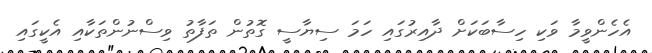
އެހެންވީމާ ވަކި ހިސާބަކަށް ދާއިރުގައި ހަމަ ސިޔާސީ ގޮތުން ތަފާތު ވިސްނުންތަކާއި އެކީގައި